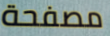
مصفحة